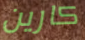
كارين